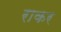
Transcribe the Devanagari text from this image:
राकर